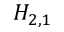
H _ { 2 , 1 }